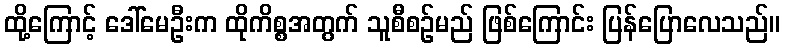
ထို့ကြောင့် ဒေါ်မေဦးက ထိုကိစ္စအတွက် သူစီစဉ်မည် ဖြစ်ကြောင်း ပြန်ပြောလေသည်။